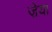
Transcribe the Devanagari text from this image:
ज़ेया